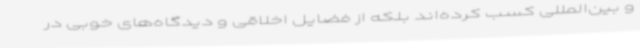
و بین‌المللی کسب کرده‌اند بلکه از فضایل اخلاقی و دیدگاه‌های خوبی در